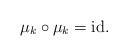
LaTeX: \begin{align*}\mu_k \circ \mu_k=\mathrm{id}.\end{align*}